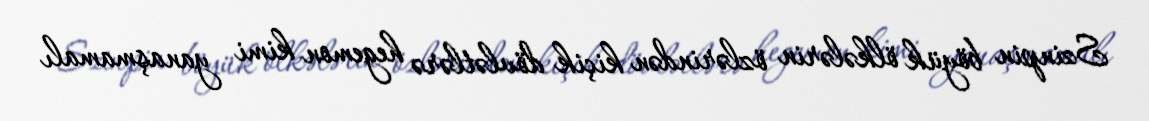
Szinpin böyük ölkələrin özlərindən kiçik dövlətlərə hegemon kimi yanaşmamalı